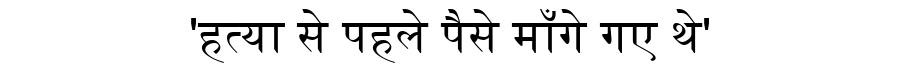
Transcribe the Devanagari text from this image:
'हत्या से पहले पैसे माँगे गए थे'